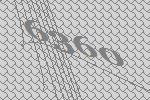
6360